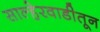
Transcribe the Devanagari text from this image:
साल्हेरवाडीतून